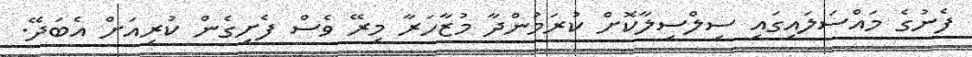
ފެނުގެ މައްސަލައިގައި ސިލްސިލާކޮށް ކުރަމުންދާ މުޒާހަރާ މިރޭ ވެސް ފެށިގެން ކުރިއަށް އެބަދޭ.